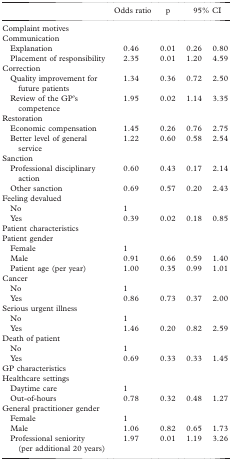
<table><thead><tr><td></td><td><b>Odds ratio</b></td><td><b>p</b></td><td colspan="2"><b>95% CI</b></td></tr></thead><tbody><tr><td>Complaint motives</td><td></td><td></td><td></td><td></td></tr><tr><td>Communication</td><td></td><td></td><td></td><td></td></tr><tr><td>Explanation</td><td>0.46</td><td>0.01</td><td>0.26</td><td>0.80</td></tr><tr><td>Placement of responsibility</td><td>2.35</td><td>0.01</td><td>1.20</td><td>4.59</td></tr><tr><td>Correction</td><td></td><td></td><td></td><td></td></tr><tr><td>Quality improvement for future patients</td><td>1.34</td><td>0.36</td><td>0.72</td><td>2.50</td></tr><tr><td>Review of the GP&#x27;s competence</td><td>1.95</td><td>0.02</td><td>1.14</td><td>3.35</td></tr><tr><td>Restoration</td><td></td><td></td><td></td><td></td></tr><tr><td>Economic compensation</td><td>1.45</td><td>0.26</td><td>0.76</td><td>2.75</td></tr><tr><td>Better level of general service</td><td>1.22</td><td>0.60</td><td>0.58</td><td>2.54</td></tr><tr><td>Sanction</td><td></td><td></td><td></td><td></td></tr><tr><td>Professional disciplinary action</td><td>0.60</td><td>0.43</td><td>0.17</td><td>2.14</td></tr><tr><td>Other sanction</td><td>0.69</td><td>0.57</td><td>0.20</td><td>2.43</td></tr><tr><td>Feeling devalued</td><td></td><td></td><td></td><td></td></tr><tr><td>No</td><td>1</td><td></td><td></td><td></td></tr><tr><td>Yes</td><td>0.39</td><td>0.02</td><td>0.18</td><td>0.85</td></tr><tr><td>Patient characteristics</td><td></td><td></td><td></td><td></td></tr><tr><td>Patient gender</td><td></td><td></td><td></td><td></td></tr><tr><td>Female</td><td>1</td><td></td><td></td><td></td></tr><tr><td>Male</td><td>0.91</td><td>0.66</td><td>0.59</td><td>1.40</td></tr><tr><td>Patient age (per year)</td><td>1.00</td><td>0.35</td><td>0.99</td><td>1.01</td></tr><tr><td>Cancer</td><td></td><td></td><td></td><td></td></tr><tr><td>No</td><td>1</td><td></td><td></td><td></td></tr><tr><td>Yes</td><td>0.86</td><td>0.73</td><td>0.37</td><td>2.00</td></tr><tr><td>Serious urgent illness</td><td></td><td></td><td></td><td></td></tr><tr><td>No</td><td>1</td><td></td><td></td><td></td></tr><tr><td>Yes</td><td>1.46</td><td>0.20</td><td>0.82</td><td>2.59</td></tr><tr><td>Death of patient</td><td></td><td></td><td></td><td></td></tr><tr><td>No</td><td>1</td><td></td><td></td><td></td></tr><tr><td>Yes</td><td>0.69</td><td>0.33</td><td>0.33</td><td>1.45</td></tr><tr><td>GP characteristics</td><td></td><td></td><td></td><td></td></tr><tr><td>Healthcare settings</td><td></td><td></td><td></td><td></td></tr><tr><td>Daytime care</td><td>1</td><td></td><td></td><td></td></tr><tr><td>Out-of-hours</td><td>0.78</td><td>0.32</td><td>0.48</td><td>1.27</td></tr><tr><td>General practitioner gender</td><td></td><td></td><td></td><td></td></tr><tr><td>Female</td><td>1</td><td></td><td></td><td></td></tr><tr><td>Male</td><td>1.06</td><td>0.82</td><td>0.65</td><td>1.73</td></tr><tr><td>Professional seniority (per additional 20 years)</td><td>1.97</td><td>0.01</td><td>1.19</td><td>3.26</td></tr></tbody></table>